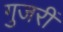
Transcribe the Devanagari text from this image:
गुजरीं